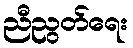
ညီညွတ်ရေး